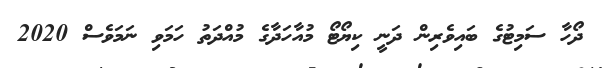
ދޯހާ ސަމިޓުގެ ބައިވެރިން ދަނީ ކިޔޯޓޯ މުއާހަދާގެ މުއްދަތު ހަމަވި ނަމަވެސް 2020